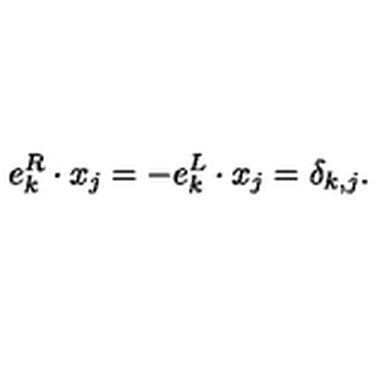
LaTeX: e _ { k } ^ { R } \cdot x _ { j } = - e _ { k } ^ { L } \cdot x _ { j } = \delta _ { k , j } .